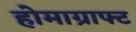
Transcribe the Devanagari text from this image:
होमाग्राफ्ट